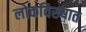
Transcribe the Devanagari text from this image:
लोकविख्यात